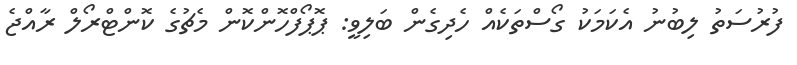
ފުރުސަތު ލިބުނު އެކަމަކު ގޯސްތަކެއް ހެދިގެން ބަލިވީ: ޕޮޕޯފްހޮންކޮން މެޗުގެ ކޮންޓްރޯލް ރާއްޖެ